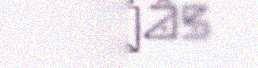
jieijâs